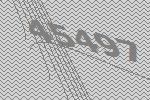
45497